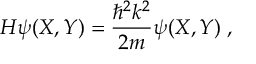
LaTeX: H \psi ( X , Y ) = \frac { \hbar ^ { 2 } k ^ { 2 } } { 2 m } \psi ( X , Y ) \; ,